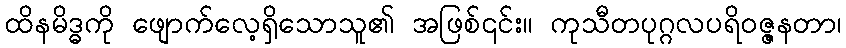
ထိနမိဒ္ဓကို ဖျောက်လေ့ရှိသောသူ၏ အဖြစ်၎င်း။ ကုသီတပုဂ္ဂလပရိဝဇ္ဇနတာ၊